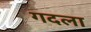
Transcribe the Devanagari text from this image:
गदला